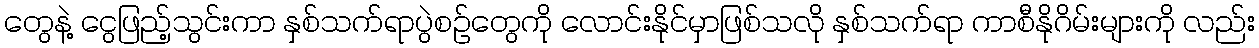
တွေနဲ့ ငွေဖြည့်သွင်းကာ နှစ်သက်ရာပွဲစဉ်တွေကို လောင်းနိုင်မှာဖြစ်သလို နှစ်သက်ရာ ကာစီနိုဂိမ်းများကို လည်း